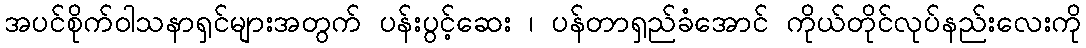
အပင်စိုက်ဝါသနာရှင်များအတွက် ပန်းပွင့်ဆေး ၊ ပန်တာရှည်ခံအောင် ကိုယ်တိုင်လုပ်နည်းလေးကို